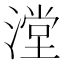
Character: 漟